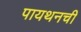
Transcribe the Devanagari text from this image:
पायथनची